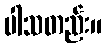
ပါသတည်း။